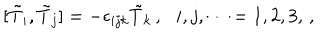
[ \tilde { T } _ { i } , \tilde { T } _ { j } ] = - \epsilon _ { i j k } \tilde { T } _ { k } \, , \, \, \, \, i , j , \cdots = 1 , 2 , 3 , \, ,